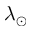
\lambda _ { \odot }